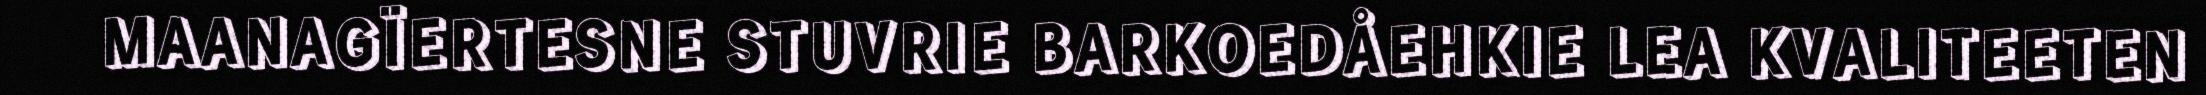
MAANAGÏERTESNE STUVRIE BARKOEDÅEHKIE LEA KVALITEETEN